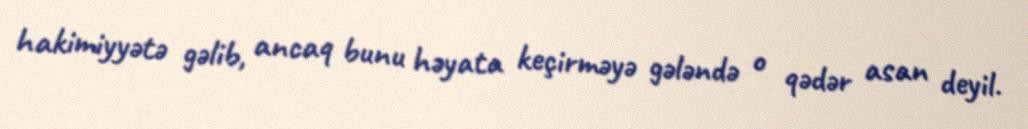
hakimiyyətə gəlib, ancaq bunu həyata keçirməyə gələndə o qədər asan deyil.